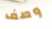
وصف